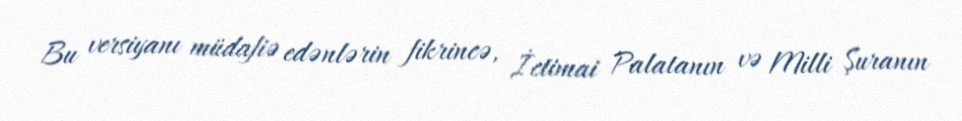
Bu versiyanı müdafiə edənlərin fikrincə, İctimai Palatanın və Milli Şuranın